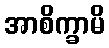
အာစိက္ခာမိ